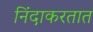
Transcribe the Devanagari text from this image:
निंदाकरतात